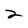
Character: 2